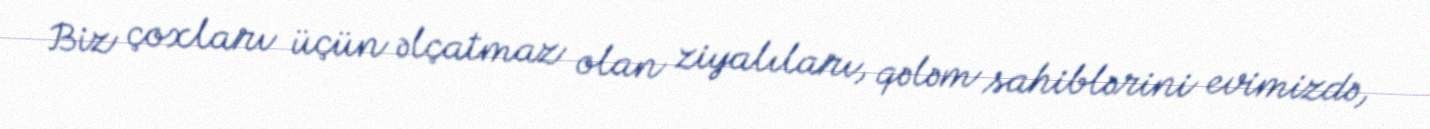
Biz çoxları üçün əlçatmaz olan ziyalıları, qələm sahiblərini evimizdə,